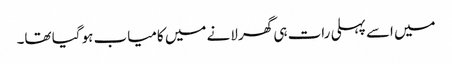
میں اسے پہلی رات ہی گھر لانے میں کامیاب ہو گیا تھا۔